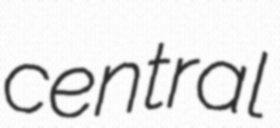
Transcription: central